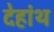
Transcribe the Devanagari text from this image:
देहांथ